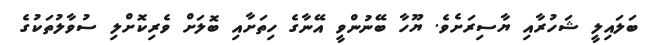
ބަލައިލީ ޝަހުރާއި ޔާސިިރަށެވެ. ޔޫހާ ބޭނުންވީ އޭނާގެ ހިތަށާއި ބޮލަށް ވެރިކޮށްލި ސުވާލުތަކުގެ